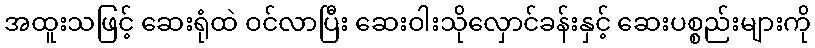
အထူးသဖြင့် ဆေးရုံထဲ ဝင်လာပြီး ဆေးဝါးသိုလှောင်ခန်းနှင့် ဆေးပစ္စည်းများကို